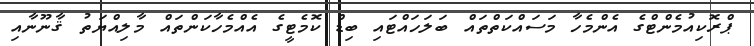
ޕްރޮކިއުމެންޓްގެ އެންމެހާ މަސައްކަތްތައް ބަލަހައްޓައި ބިޑް ކޮމެޓީގެ އެއްމެހާކަންތައް މާލިއްޔަތު ޤާނޫނާއި